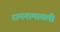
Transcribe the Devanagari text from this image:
रामनामावली